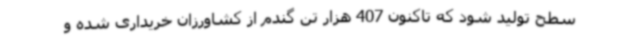
سطح تولید شود که تاکنون 407 هزار تن گندم از کشاورزان خریداری شده و